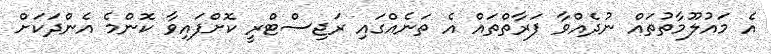
އެ މައުލޫމާތުތައް ނުދެއްވާ ފަރާތްތައް އެ ތަނެއްގައި ރަޖިސްޓްރީ ކޮށްފައިވާ ކޮންމެ އެންދަކަށް